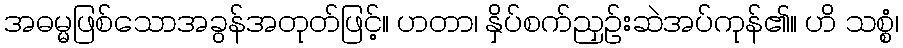
အဓမ္မဖြစ်သောအခွန်အတုတ်ဖြင့်။ ဟတာ၊ နှိပ်စက်ညှဉ်းဆဲအပ်ကုန်၏။ ဟိ သစ္စံ၊